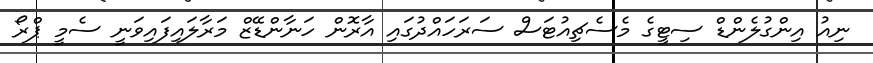
ނިއު އިންގުލެންޑް ސިޓީގެ މެސެޗިއުޓަސް ސަރަހައްދުގައި އާރޮން ހަނާންޑޭޒް މަރާލައިފައިވަނީ ސެމީ ޕްރޯ